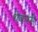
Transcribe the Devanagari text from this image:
थेकरसे